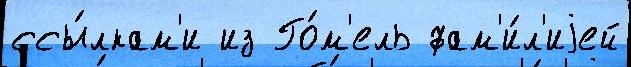
ссы́лкам'и из Го́м'ель фам'и́л'иjей